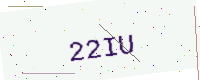
Text: 22IU